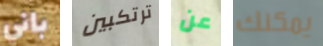
باني ترتكبين عن يمكنك